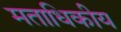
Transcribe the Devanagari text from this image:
मताधिकीय